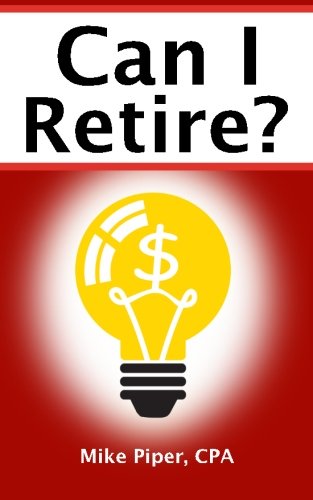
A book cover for Can I Retire?: How Much Money You Need to Retire and How to Manage Your Retirement Savings, Explained in 100 Pages or Less; Mike Piper; Business & Money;